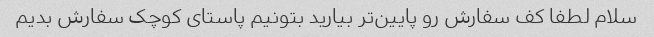
سلام لطفا کف سفارش رو پایین‌تر بیارید بتونیم پاستای کوچک سفارش بدیم